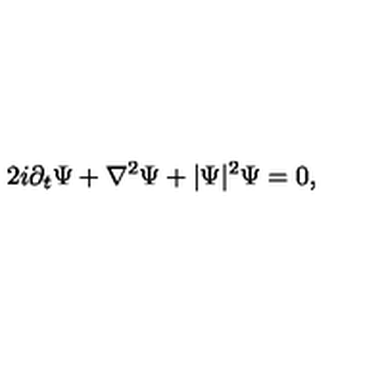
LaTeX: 2 i \partial _ { t } \Psi + \nabla ^ { 2 } \Psi + | \Psi | ^ { 2 } \Psi = 0 ,